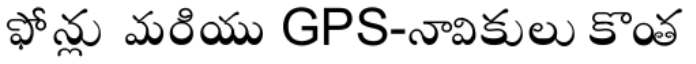
ఫోన్లు మరియు GPS-నావికులు కొంత